Indian journal of veterinary science and animal husbandry - Volume 8,
Year: 1938
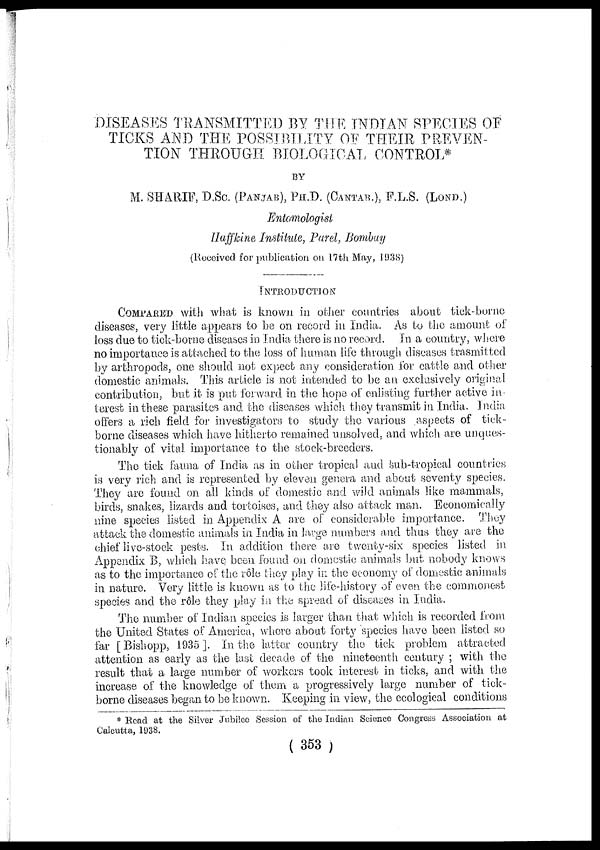
DISEASES TRANSMITTED BY THE INDIAN SPECIES OF
TICKS AND THE POSSIBILITY OF THEIR PREVEN-
TION THROUGH BIOLOGICAL CONTROL*
BY
M. SHARIF, D.Sc. (PANJAB),PH.D. (CANTAB.), F.L.S. (LOND.)
Entomologist
Haffkine Institute, Parel, Bombay
(Received for publication on 17th May, 1938)
INTRODUCTION
COMPARED with what is known in other countries about tick-borne
diseases, very little appears to be on record in India. As to the amount of
loss due to tick-borne diseases in India there is no record. In a country, where
no importance is attached to the loss of human life through diseases trasmitted
by arthropods, one should not expect any consideration for cattle and other
domestic animals. This article is not intended to be an exclusively original
contribution, but it is put forward in the hope of enlisting further active in-
terest in these parasites and the diseases which they transmit in India. India
offers a rich field for investigators to study the various aspects of tick-
borne diseases which have hitherto remained unsolved, and which are unques-
tionably of vital importance to the stock-breeders.
The tick fauna of India as in other tropical and sub-tropical countries
is very rich and is represented by eleven genera and about seventy species.
They are found on all kinds of domestic and wild animals like mammals,
birds, snakes, lizards and tortoises, and they also attack man. Economically
nine species listed in Appendix A are of considerable importance. They
attack, the domestic animals in India in large numbers and thus they are the
chief live-stock pests. In addition there are twenty-six species listed in
Appendix B, which have been found on domestic animals but nobody knows
as to the importance of the rôle they play in the economy of domestic animals
in nature. Very little is known as to the life-history of even the commonest
species and the rôle they play in the spread of diseases in India.
The number of Indian species is larger than that which is recorded from
the United States of America, where about forty species have been listed so
far [Bishopp, 1935]. In the latter country the tick problem attracted
attention as early as the last decade of the nineteenth century ; with the
result that a large number of workers took interest in ticks, and with the
increase of the knowledge of them a progressively large number of tick-
borne diseases began to be known. Keeping in view, the ecological conditions
* Read at the Silver Jubilee Session of the Indian Science Congress Association at
Calcutta, 1938.
( 353 )